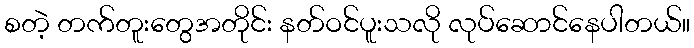
စတဲ့ တက်တူးတွေအတိုင်း နတ်ဝင်ပူးသလို လုပ်ဆောင်နေပါတယ်။